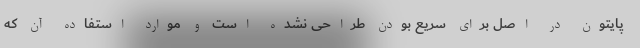
پایتون در اصل برای سریع بودن طراحی نشده است و موارد استفاده آن که